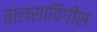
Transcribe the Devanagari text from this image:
वालसाविंगीस